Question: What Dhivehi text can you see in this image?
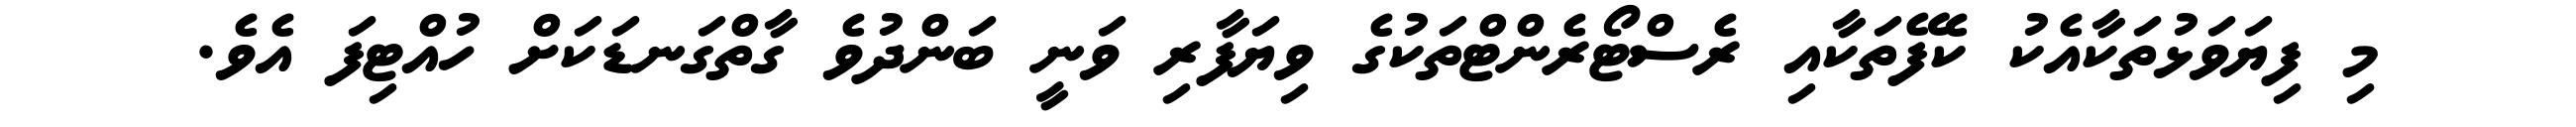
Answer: މި ފިޔަވަޅުތަކާއެކު ކެފޭތަކާއި ރެސްޓޯރެންޓްތަކުގެ ވިޔަފާރި ވަނީ ބަންދުވެ ގާތްގަނޑަކަށް ހުއްޓިފަ އެވެ.